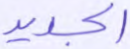
الجديد